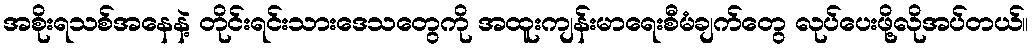
အစိုးရသစ်အနေနဲ့ တိုင်းရင်းသားဒေသတွေကို အထူးကျန်းမာရေးစီမံချက်တွေ လုပ်ပေးဖို့လိုအပ်တယ်။